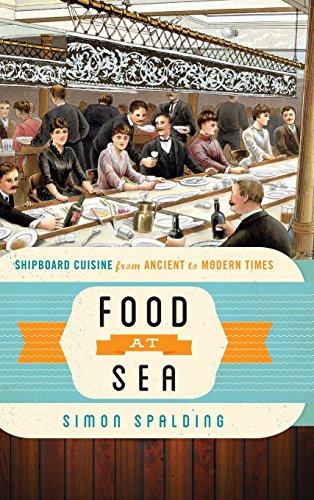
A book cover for Food at Sea: Shipboard Cuisine from Ancient to Modern Times (Food on the Go); Simon Spalding; Cookbooks, Food & Wine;